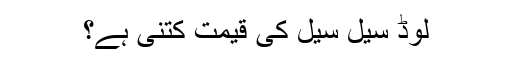
لوڈ سیل سیل کی قیمت کتنی ہے؟